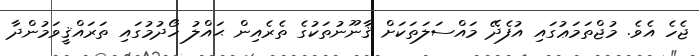
ޖެހެ އެވެ. މުޖްތަމަޢުގައި އުފެދޭ މައްސަލަތަކަށް ޤާނޫނުތަކުގެ ތެރެއިން ޙައްލު ހޯދުމުގައި ތަރައްޤީވަމުންދާ